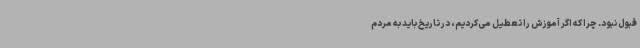
قبول نبود. چرا که اگر آموزش را تعطیل می‌کردیم، در تاریخ باید به مردم